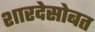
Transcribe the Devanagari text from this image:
शारदेसोबत